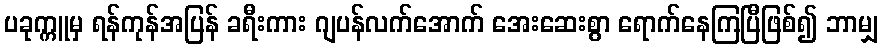
ပခုက္ကူမှ ရန်ကုန်အပြန် ခရီးကား ဂျပန်လက်အောက် အေးဆေးစွာ ရောက်နေကြပြီဖြစ်၍ ဘာမျှ